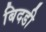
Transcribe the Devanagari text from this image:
बिदडी